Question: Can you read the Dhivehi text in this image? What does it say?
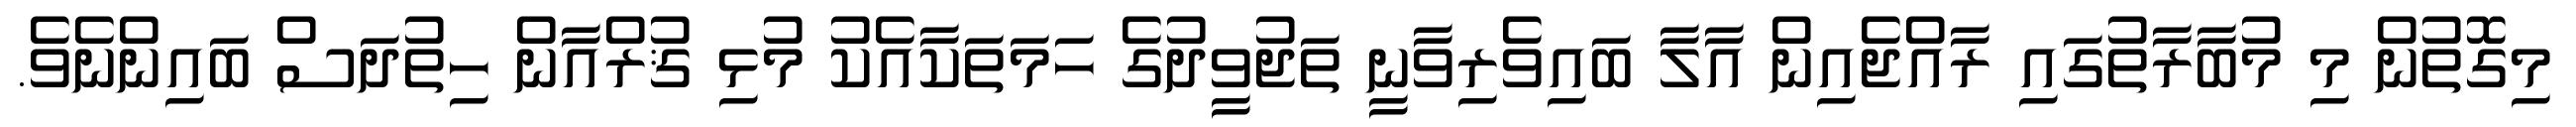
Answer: މިގޮތުން މި މުބާރާތުގައި ރާއްޖެއިން އާލާ ބައިވެރިވާނީ ތަޖުވީދުގެ ހަމަތަކާއެކު މުޅި ޤުރްއާން ހިތުދަސް ބައިންނެވެ.